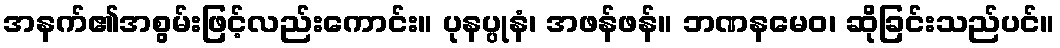
အနက်၏အစွမ်းဖြင့်လည်းကောင်း။ ပုနပ္ပုနံ၊ အဖန်ဖန်။ ဘဏနမေဝ၊ ဆိုခြင်းသည်ပင်။